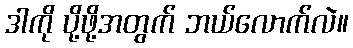
ဒါကို ပို့ဖို့အတွက် ဘယ်လောက်လဲ။